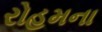
રોહમના